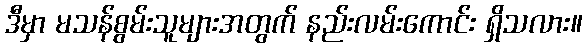
ဒီမှာ မသန်စွမ်းသူများအတွက် နည်းလမ်းကောင်း ရှိသလား။